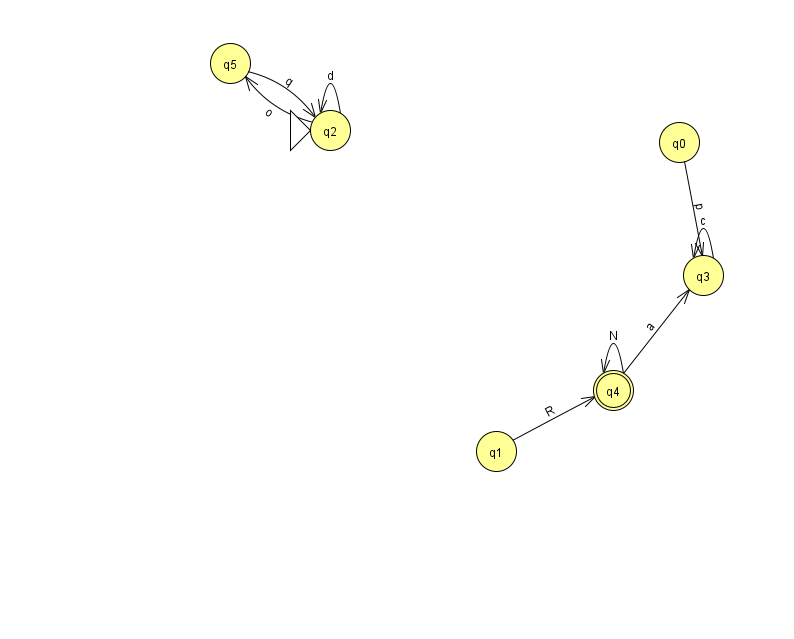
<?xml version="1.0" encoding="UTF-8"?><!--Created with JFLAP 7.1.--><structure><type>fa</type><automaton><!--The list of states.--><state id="0" name="q0"><x>679.0</x><y>129.0</y></state><state id="1" name="q1"><x>496.0</x><y>438.0</y></state><state id="2" name="q2"><x>330.0</x><y>117.0</y><initial/></state><state id="3" name="q3"><x>703.0</x><y>262.0</y></state><state id="4" name="q4"><x>613.0</x><y>377.0</y><final/></state><state id="5" name="q5"><x>230.0</x><y>50.0</y></state><!--The list of transitions.--><transition><from>2</from><to>5</to><read>o</read></transition><transition><from>3</from><to>3</to><read>c</read></transition><transition><from>2</from><to>2</to><read>d</read></transition><transition><from>4</from><to>3</to><read>a</read></transition><transition><from>1</from><to>4</to><read>R</read></transition><transition><from>5</from><to>2</to><read>q</read></transition><transition><from>4</from><to>4</to><read>N</read></transition><transition><from>0</from><to>3</to><read>p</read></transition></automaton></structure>